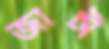
জাঈ